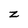
Character: z